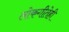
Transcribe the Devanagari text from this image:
लोकगीतेही